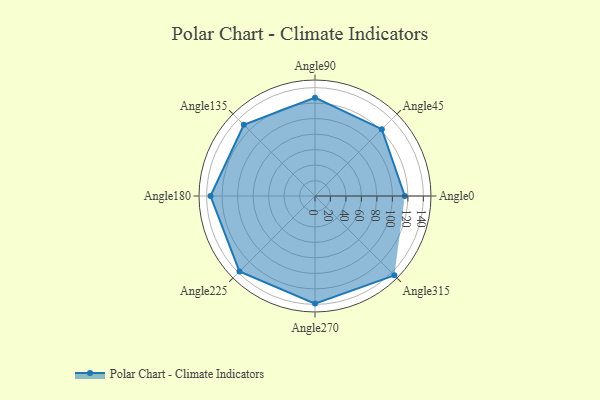
{"axis": {"x": "Angle", "y": "Radius"}, "legend": [""], "data": [{"x": "Angle0", "y": 116.0, "type": ""}, {"x": "Angle45", "y": 122.0, "type": ""}, {"x": "Angle90", "y": 127.0, "type": ""}, {"x": "Angle135", "y": 130.0, "type": ""}, {"x": "Angle180", "y": 135.0, "type": ""}, {"x": "Angle225", "y": 138.0, "type": ""}, {"x": "Angle270", "y": 139.0, "type": ""}, {"x": "Angle315", "y": 145.0, "type": ""}]}